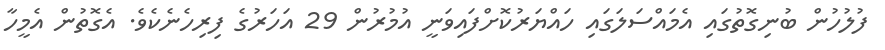
ފުލުހުން ބުނިގޮތުގައި އެމައްސަލަގައި ހައްޔަރުކޮށްފައިވަނީ އުމުރުން 29 އަހަރުގެ ފިރިހެނެކެވެ. އެގޮތުން އެމީހާ